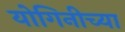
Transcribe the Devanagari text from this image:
योगिनीच्या